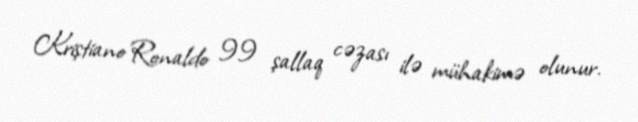
Kriştiano Ronaldo 99 şallaq cəzası ilə mühakimə olunur.